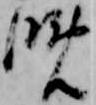
晩